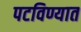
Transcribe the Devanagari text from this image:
पटविण्यात